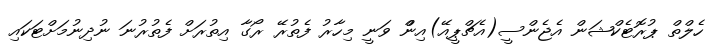
ހެލްތް ޕުރޮޓެކްޝަން އެޖެންސީ(އެޗްޕީއޭ)އިންް ވަނީ މިހާރު ފެތުރޭ ރޯގާ އިތުރަށް ފެތުރުނަ ނުދިނުމަށްޓަކައި